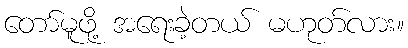
တော်မူဖို့ အရေးခဲ့တယ် မဟုတ်လား။